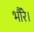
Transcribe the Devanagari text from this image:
भौंरे।